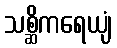
သစ္ဆိကရေယျံ